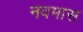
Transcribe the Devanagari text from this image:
नवमास